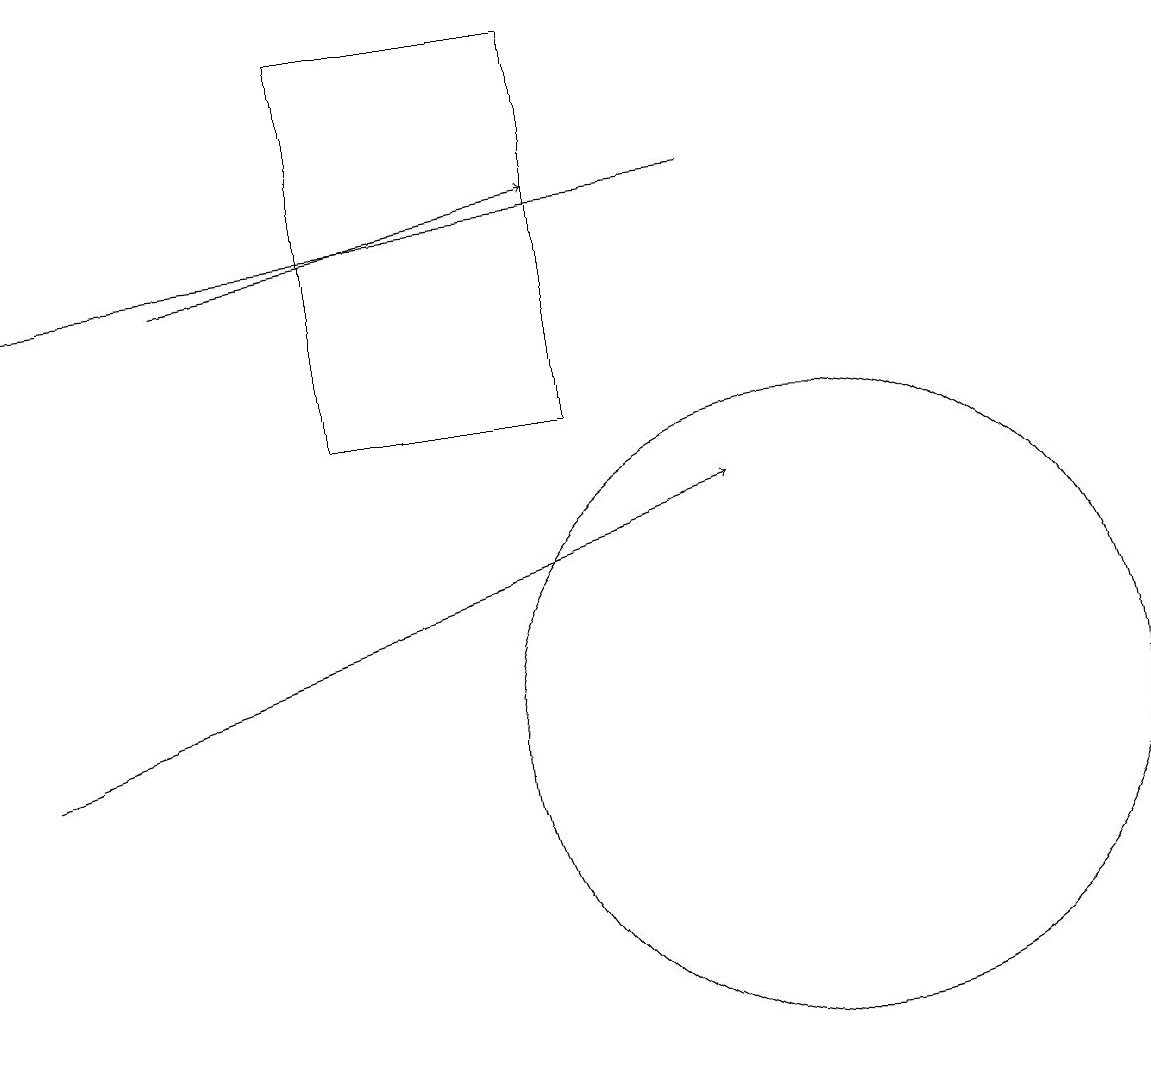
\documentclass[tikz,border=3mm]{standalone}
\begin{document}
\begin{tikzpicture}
\draw[->] (2,16) -- (7,17);
\draw (7,19) rectangle (4,14);
\draw[->] (0,10) -- (9,13);
\draw (10,10) circle (4);
\draw[->] (9,17) -- (0,16);
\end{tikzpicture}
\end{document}